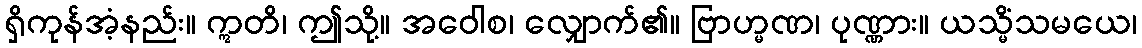
ရှိကုန်အံ့နည်း။ ဣတိ၊ ဤသို့။ အဝေါစ၊ လျှောက်၏။ ဗြာဟ္မဏ၊ ပုဏ္ဏား။ ယသ္မိံသမယေ၊